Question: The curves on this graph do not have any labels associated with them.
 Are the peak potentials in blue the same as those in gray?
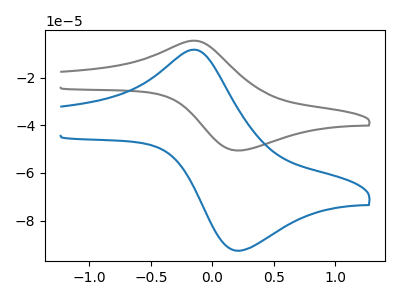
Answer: <think>The gray curve "gray" has an anodic peak at (-0.15V, -4.55uA) and a cathodic peak at (0.20V, -50.60uA). The blue curve "blue" has an anodic peak at (-0.15V, -8.30uA) and a cathodic peak at (0.20V, -92.65uA).</think>
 <answer>Yes, "blue" have a peak in "gray" at the same potential.</answer>
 <eval>match</eval>